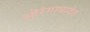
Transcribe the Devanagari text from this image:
ऒरंगाबादेत